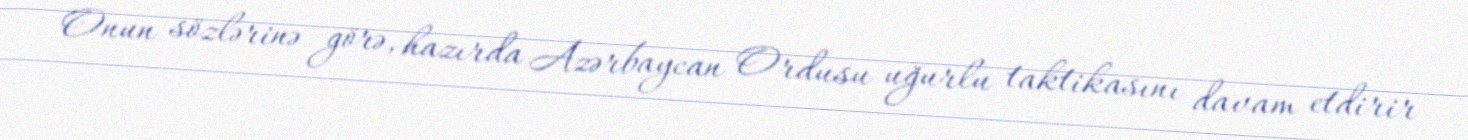
Onun sözlərinə görə, hazırda Azərbaycan Ordusu uğurlu taktikasını davam etdirir